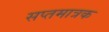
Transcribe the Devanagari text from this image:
सप्तमात्रक